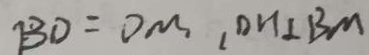
B D = D M , D H \bot B M